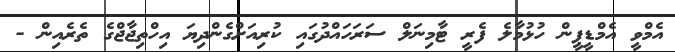
އެމްވީ އެމްޑީޕީން ހުޅުމާލެ ފެރީ ޓާމިނަލް ސަރަހައްދުގައި ކުރިއަށްގެންދިޔަ އިހްތިޖާޖްގެ ތެރެއިން -